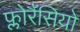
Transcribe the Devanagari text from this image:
फ्लोरैंसियो